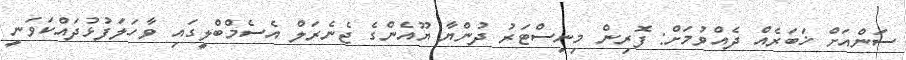
ސަންއަށް ޚަބަރެއް ދެއްވުމަށް: ފޮރިން މިނިސްޓަރު ދުންޔާ ޔޫއެންގެ ޖެނެރަލް އެސެމްބްލީގައި ވާހަލަފުޅުދައްކަވަނީ